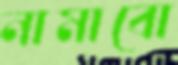
নামাবো